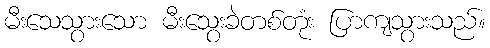
မီးသေသွားသော မီးသွေးခဲတစ်တုံး ပြာကျသွားသည်။